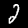
Label: 2